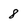
Character: 8